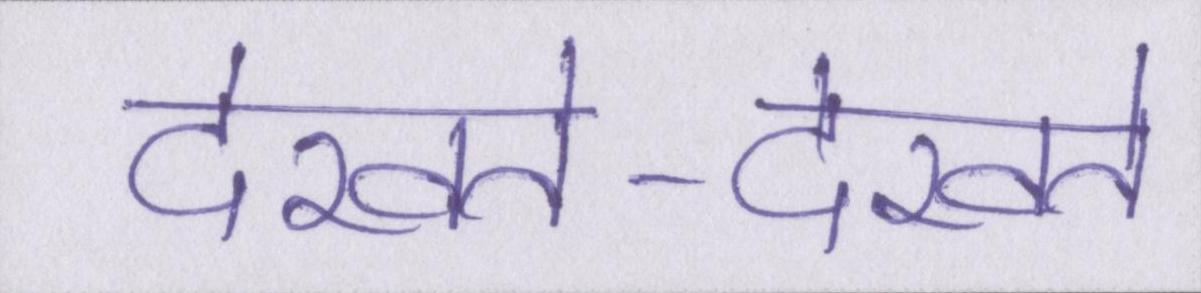
देखते-देखते